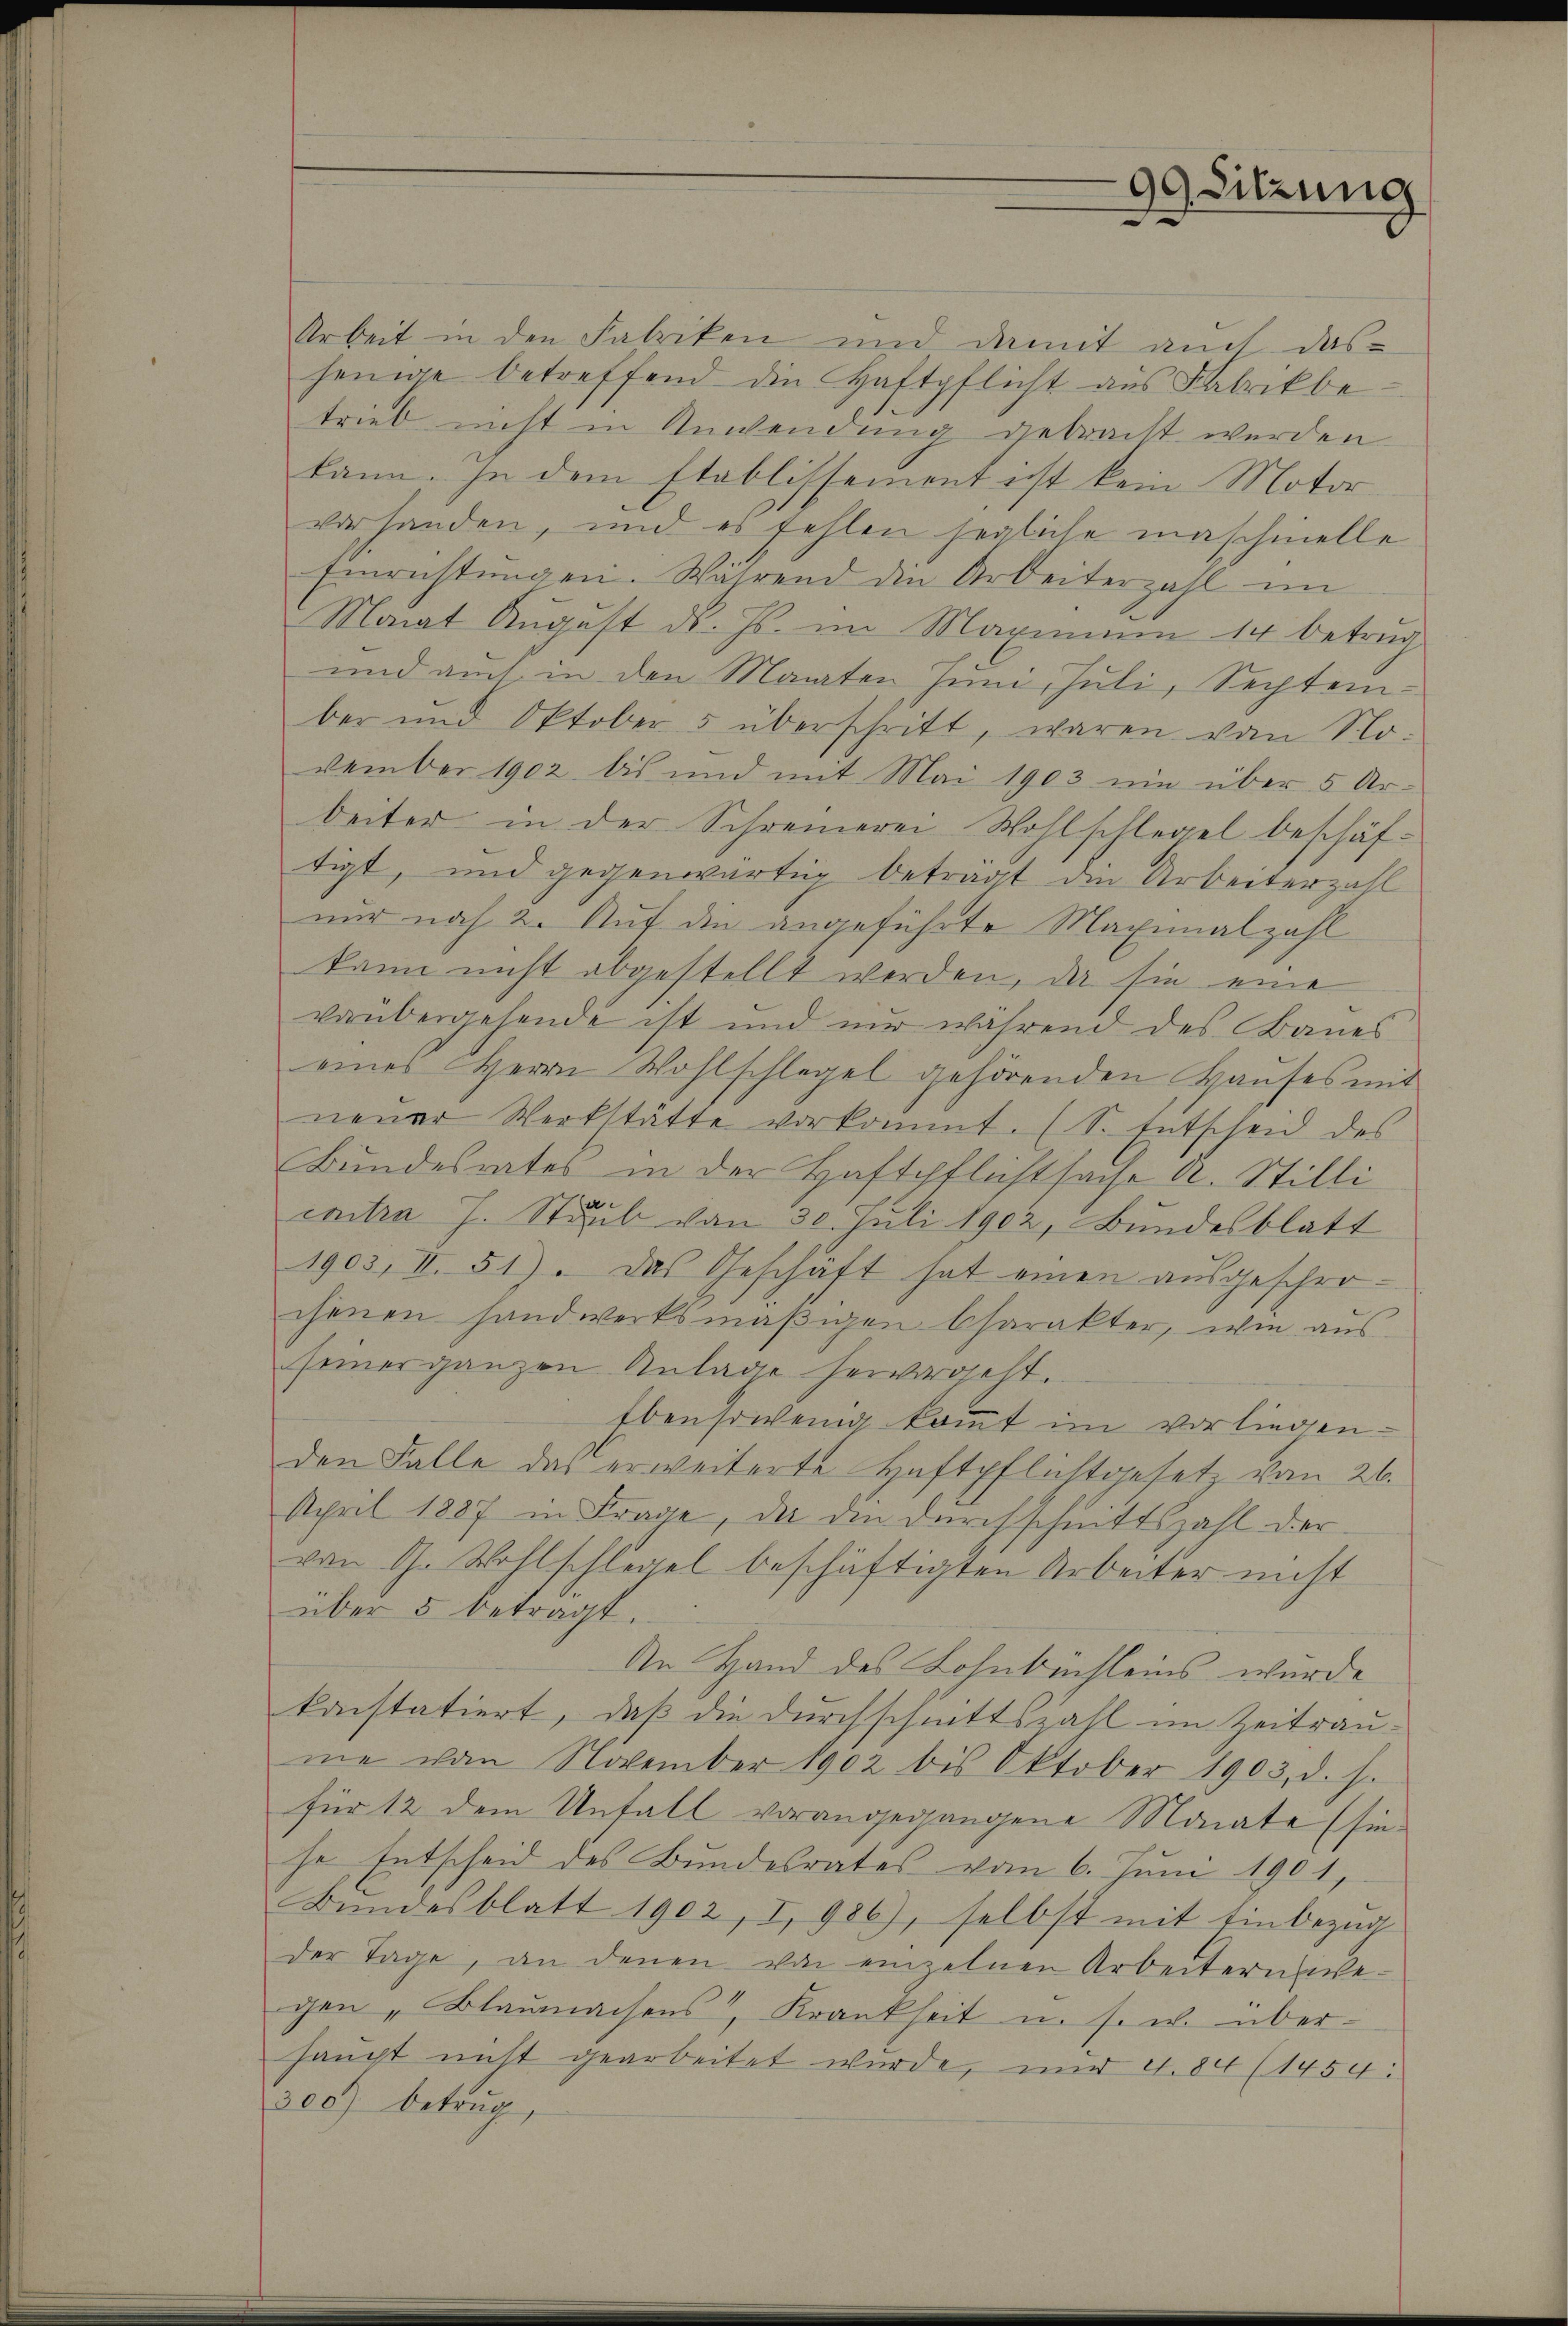
Arbeit in den Fabriken und damit auch das
jenige betreffend die Haftpflicht aus Fabrikbetrieb nicht in Anwendung gebracht werden
kann. In dem Etablissement est kein Motor-
vorhanden, und es fehlen segliche maschinelle
Einrichtŭngen. Während die Arbeiterzahl im
Monat Aŭgŭst d. Js. im Maximŭm 14 betrug
und auch in den Manten Juni, Juli, September und Oktober 5 überschritt, waren von No-
vember 1902 bis und mit Mai 1903 ein über 5 Arbeiter in der Schreinerei Wohlschlegel beschäftigt, und gegenwärtig betragt die Arbeiterzahl
nur noch 2. Auf den angeführte Maximalzahl
kann nicht abgestellt werden, da sie eine
vorübergehende ist und mir während des Baues
einer Herrn Wohlschlegel gehörenden Haŭses mit
neuer Werkstätte vorkommt. (S. Entscheid des
Bundesrates in der Haftpflichtsache A. Stilli
criten J. Staub von 30. Juli 1902, Bundesblatt
1903, II. 51). Das Geschäft hat einen ausgeschrochenen handwerksmäßigen Charakter, wie aus
seiner ganzen Anlage hervorgeht.
Ebensowenig kommt im vorliegenden Falle das erweiterte Haftpflichtgesetz vom 26.
April 1887 in Frage, da den durchschnittszahl der
von G. Wohlschlegel beschäftigten Arbeiter nicht
über 5 betragt.
An Hand des Lohnbüchleins wurde
kanstatiert, daß die Durchschnittszahl im Zeitraume vom November 1902 bis Oktober 1903, d. h.
für 12 dem Unfall vorangegangene Monate (sie
he Entscheid des Bundesrates vom 6. Juni 1901,
Bŭndesblatt 1902, I, 986), selbst mit Einbezug
der Tage, an denen von einzelnen Arbeitern wegen „Blaŭmachens, Krankheit u. s. w. über-
haupt nicht gearbeitet wurde, und 4. 84 (1454.
300) betrug,

99 Sitzung